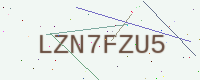
Text: LZN7FZU5